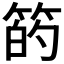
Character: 𫂇